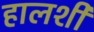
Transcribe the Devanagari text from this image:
हालशी